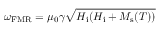
\omega _ { \mathrm { F M R } } = \mu _ { 0 } \gamma \sqrt { H _ { \mathrm { i } } ( H _ { \mathrm { i } } + M _ { \mathrm { s } } ( T ) ) }